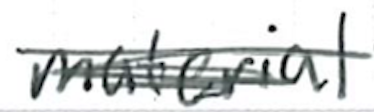
Text: material
Cross-out: scratch
Writing tool: ballpoint